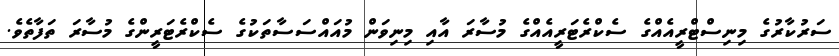
ސަރުކާރުގެ މިނިސްޓްރީއެއްގެ ސެކްރެޓަރީއެއްގެ މުސާރަ އާއި މިނިވަން މުއައްސަސާތަކުގެ ސެކްރެޓަރީންގެ މުސާރަ ތަފާތެވެ.